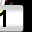
Digit: 1